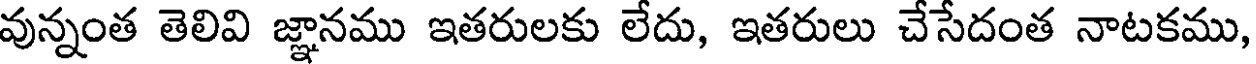
వున్నంత తెలివి జ్ఞానము ఇతరులకు లేదు, ఇతరులు చేసేదంత నాటకము,